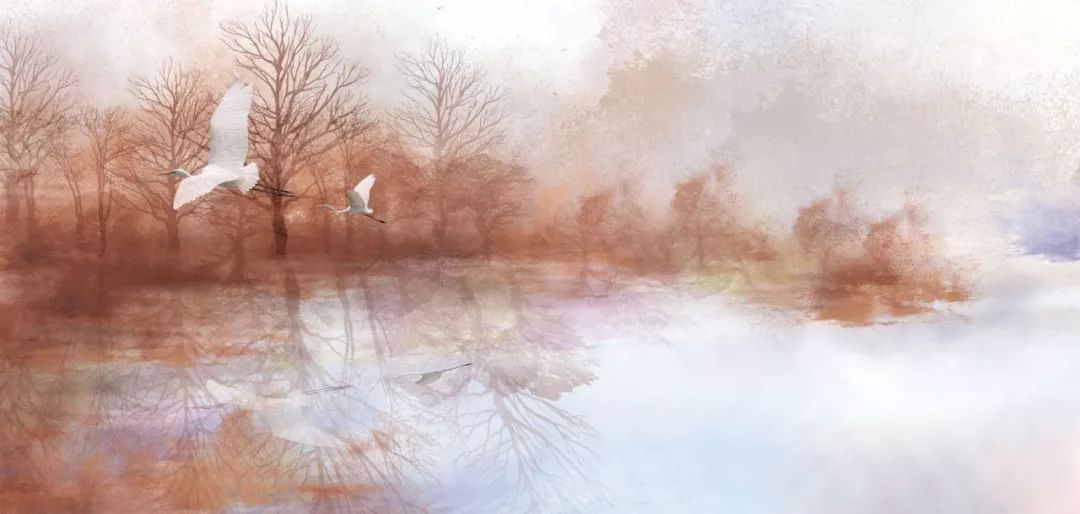
胸中有誓深于海，肯使神州竟陆沉？